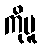
ကိုမူ